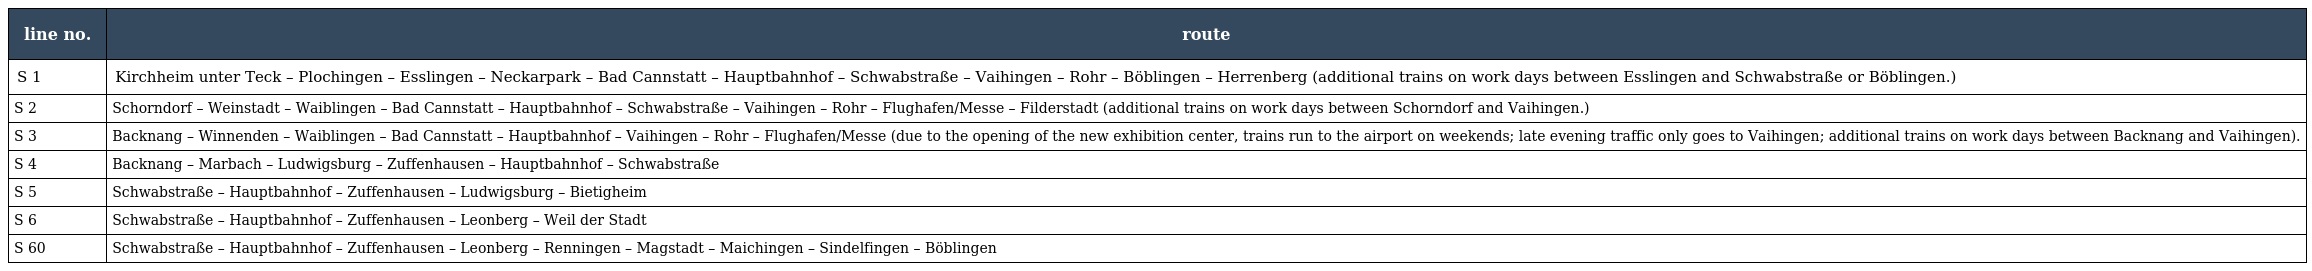
| line no. | route |
 | --- | --- |
 | S 1 | Kirchheim unter Teck – Plochingen – Esslingen – Neckarpark – Bad Cannstatt – Hauptbahnhof – Schwabstraße – Vaihingen – Rohr – Böblingen – Herrenberg (additional trains on work days between Esslingen and Schwabstraße or Böblingen.) |
 | S 2 | Schorndorf – Weinstadt – Waiblingen – Bad Cannstatt – Hauptbahnhof – Schwabstraße – Vaihingen – Rohr – Flughafen/Messe – Filderstadt (additional trains on work days between Schorndorf and Vaihingen.) |
 | S 3 | Backnang – Winnenden – Waiblingen – Bad Cannstatt – Hauptbahnhof – Vaihingen – Rohr – Flughafen/Messe (due to the opening of the new exhibition center, trains run to the airport on weekends; late evening traffic only goes to Vaihingen; additional trains on work days between Backnang and Vaihingen). |
 | S 4 | Backnang – Marbach – Ludwigsburg – Zuffenhausen – Hauptbahnhof – Schwabstraße |
 | S 5 | Schwabstraße – Hauptbahnhof – Zuffenhausen – Ludwigsburg – Bietigheim |
 | S 6 | Schwabstraße – Hauptbahnhof – Zuffenhausen – Leonberg – Weil der Stadt |
 | S 60 | Schwabstraße – Hauptbahnhof – Zuffenhausen – Leonberg – Renningen – Magstadt – Maichingen – Sindelfingen – Böblingen |